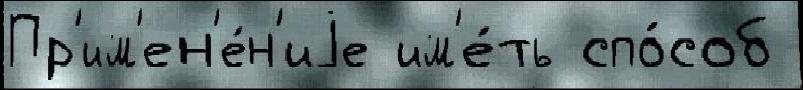
Пр'им'ен'е́н'иjе им'е́ть спо́соб